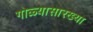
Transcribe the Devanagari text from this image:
गोळ्यासारख्या